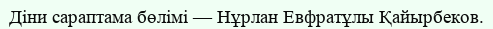
Діни сараптама бөлімі — Нұрлан Евфратұлы Қайырбеков.